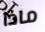
ماذا